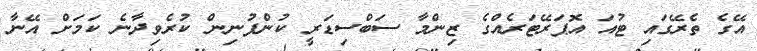
އޭގެ ތެރޭގައި ޓުއަ އޮޕަރޭޓަރެއްގެ ޒިންމާ ސަބްސިޑަރީ ކުންފުނިން ކުރެވިދާނެ ކަމަށް އޭނާ